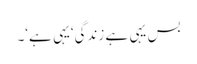
بس یہی ہے زندگی‘یہی ہے‘۔